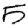
Digit: 5